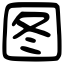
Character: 图